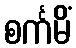
စင်္ကမိံ